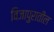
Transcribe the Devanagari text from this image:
विजापुरातील